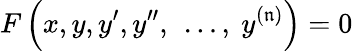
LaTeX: F\left(x,y,y^{\prime},y^{\prime\prime},\ \ldots,\ y^{(\mathfrak{n})}\right)=0